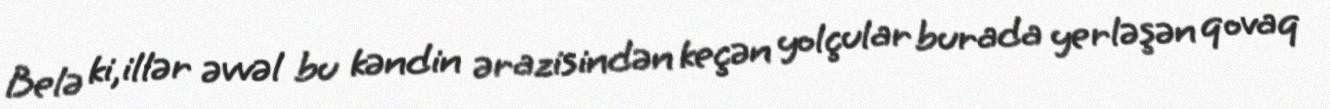
Belə ki,illər əvvəl bu kəndin ərazisindən keçən yolçular burada yerləşən qovaq